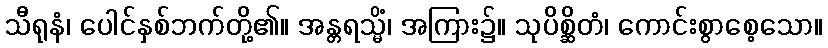
သီရုနံ၊ ပေါင်နှစ်ဘက်တို့၏။ အန္တရသ္မိံ၊ အကြား၌။ သုပိစ္ဆိတံ၊ ကောင်းစွာစေ့သော။